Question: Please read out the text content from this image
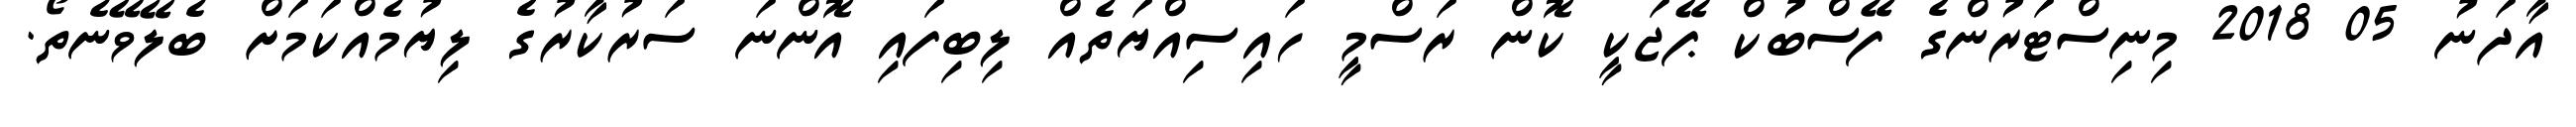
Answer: އާދަނު 05 2018 މިނިސްޓަރުންގެ ފޭސްބުކް ޕޭޖަކީ ކޮން ރަސްމީ ހައިސިއްޔަތެއް ލިބިފައި އޮންނަ ސަރުކާރުގެ ލިޔުމެއްކަމަށް ބެލޭވޭނެތޯ.